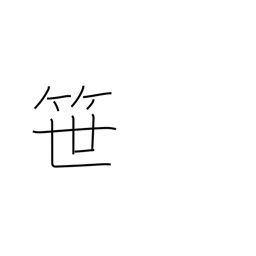
Meaning: bamboo grass